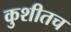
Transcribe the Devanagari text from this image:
कुशीतच